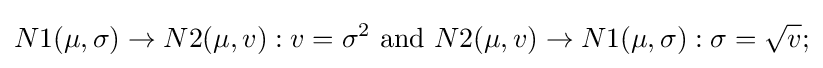
N1(\mu ,\sigma )\rightarrow N2(\mu ,v):v=\sigma ^{2}{\mbox{ and }}N2(\mu ,v)\rightarrow N1(\mu ,\sigma ):\sigma ={\sqrt {v}};